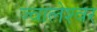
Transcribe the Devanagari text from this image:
ज्‍वालेश्‍वर